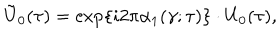
\tilde { \mathrm { U } } _ { 0 } ( \tau ) = \exp \{ i 2 \pi { \alpha } _ { 1 } ( \gamma ; \tau ) \} \cdot \mathrm { U } _ { 0 } ( \tau ) ,